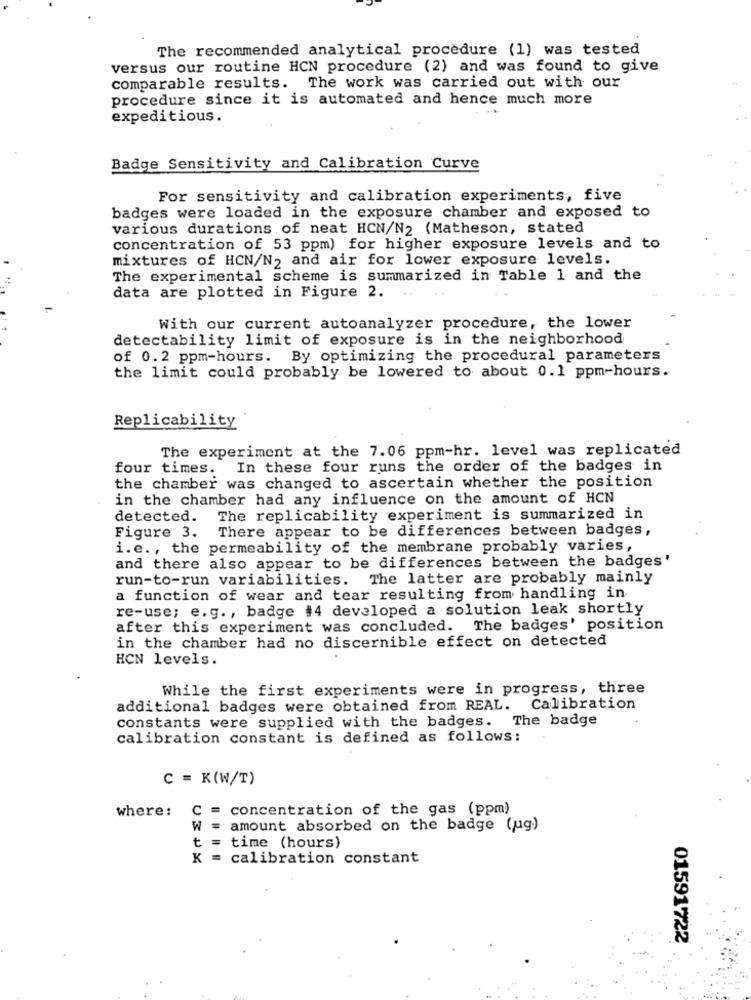
The recommended analytical procedure (1) was tested
versus our routine HCN procedure (2) and was found to give
comparable results. The work was carried out with our
procedure since it is automated and hence much more
expeditious.
Badge Sensitivity and Calibration Curve
For sensitivity and calibration experiments, five
badges were loaded in the exposure chamber and exposed to
various durations of neat HCN/N2 (Matheson, stated
concentration of 53 ppm) for higher exposure levels and to
mixtures of HCN/N2 and air for lower exposure levels.
The experimental scheme is summarized in Table 1 and the
data are plotted in Figure 2.
With our current autoanalyzer procedure, the lower
detectability limit of exposure is in the neighborhood
of 0.2 ppm-hours. By optimizing the procedural parameters
the limit could probably be lowered to about 0.1 ppm-hours.
Replicability
The experiment at the 7.06 ppm-hr. level was replicated
four times.
In these four runs the order of the badges in
the chamber was changed to ascertain whether the position
in the chamber had any influence on the amount of HCN
detected.
The replicability experiment is summarized in
Figure 3. There appear to be differences between badges,
i.e. , the permeability of the membrane probably varies,
and there also appear to be differences between the badges'
run-to-run variabilities. The latter are probably mainly
a function of wear and tear resulting from handling in
re-use; e.g ., badge #4 developed a solution leak shortly
after this experiment was concluded. The badges' position
in the chamber had no discernible effect on detected
HCN levels.
While the first experiments were in progress, three
additional badges were obtained from REAL.
Calibration
constants were supplied with the badges. The badge
calibration constant is defined as follows:
C = K(W/T)
where:
C = concentration of the gas (ppm)
W = amount absorbed on the badge (jug)
t = time (hours)
K = calibration constant
01591722